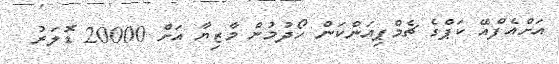
އަށްއެފްއޭ ކަޕްގެ ޗެމްޕިއަންކަން ހޯދުމުން މާޒިޔާ އަށް 20000 ޑޮލަރު